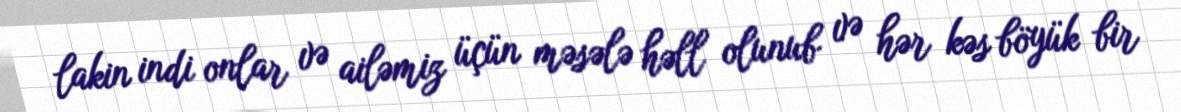
lakin indi onlar və ailəmiz üçün məsələ həll olunub və hər kəs böyük bir